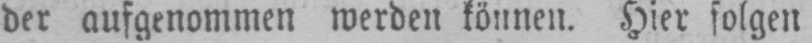
der aufgenommen werden können. Hier folgen